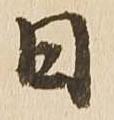
日